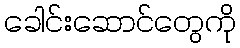
ခေါင်းဆောင်တွေကို